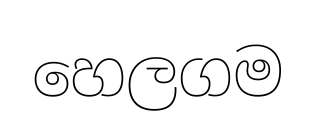
හෙලගම